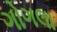
ગોગલા